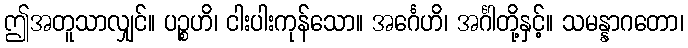
ဤအတူသာလျှင်။ ပဉ္စဟိ၊ ငါးပါးကုန်သော။ အင်္ဂေဟိ၊ အင်္ဂါတို့နှင့်။ သမန္နာဂတော၊